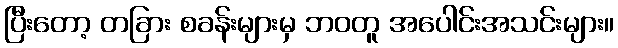
ပြီးတော့ တခြား စခန်းများမှ ဘဝတူ အပေါင်းအသင်းများ။